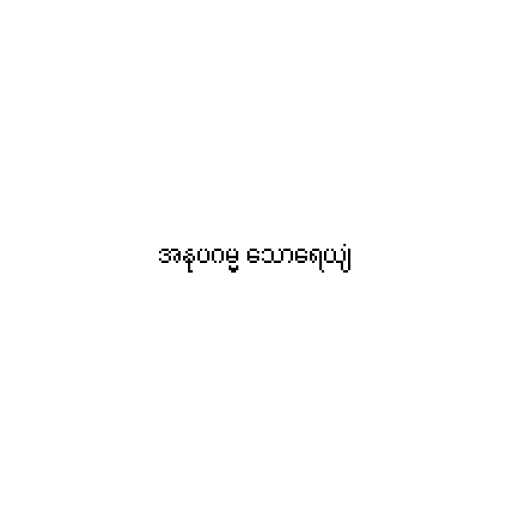
အနုပဂမ္မ သောရေယျံ